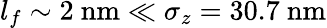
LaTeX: l_{f}\sim 2\ \mathrm{nm}\ll\sigma_{z}=30.7\ \mathrm{nm}